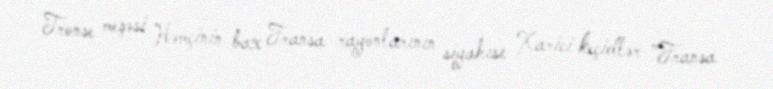
Tronse meşəsi Həmçinin bax Fransa rayonlarının siyahısı Xarici keçidlər "Fransa